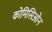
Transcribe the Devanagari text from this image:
कोमिसिओन